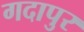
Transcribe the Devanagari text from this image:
गदापुर